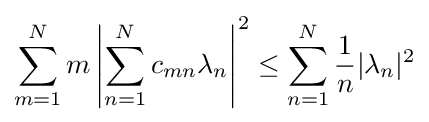
\sum _{m=1}^{N}m\left|\sum _{n=1}^{N}c_{mn}\lambda _{n}\right|^{2}\leq \sum _{n=1}^{N}{1 \over n}|\lambda _{n}|^{2}